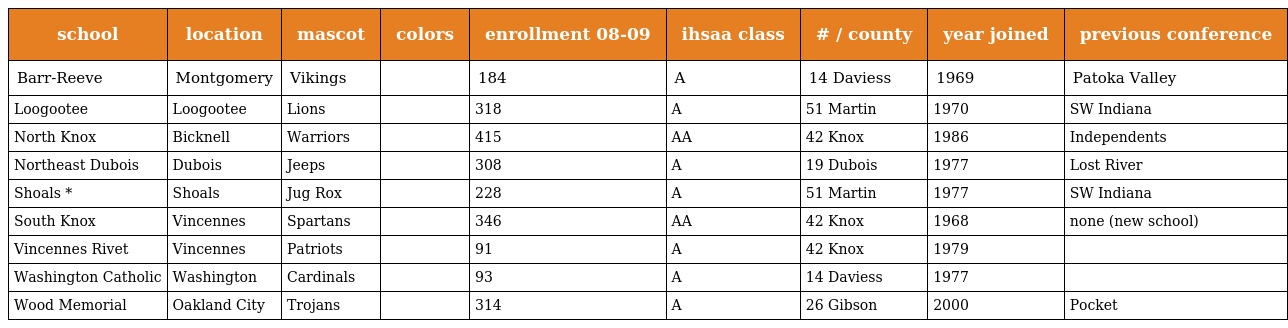
| school | location | mascot | colors | enrollment 08-09 | ihsaa class | # / county | year joined | previous conference |
 | --- | --- | --- | --- | --- | --- | --- | --- | --- |
 | Barr-Reeve | Montgomery | Vikings |  | 184 | A | 14 Daviess | 1969 | Patoka Valley |
 | Loogootee | Loogootee | Lions |  | 318 | A | 51 Martin | 1970 | SW Indiana |
 | North Knox | Bicknell | Warriors |  | 415 | AA | 42 Knox | 1986 | Independents |
 | Northeast Dubois | Dubois | Jeeps |  | 308 | A | 19 Dubois | 1977 | Lost River |
 | Shoals * | Shoals | Jug Rox |  | 228 | A | 51 Martin | 1977 | SW Indiana |
 | South Knox | Vincennes | Spartans |  | 346 | AA | 42 Knox | 1968 | none (new school) |
 | Vincennes Rivet | Vincennes | Patriots |  | 91 | A | 42 Knox | 1979 |  |
 | Washington Catholic | Washington | Cardinals |  | 93 | A | 14 Daviess | 1977 |  |
 | Wood Memorial | Oakland City | Trojans |  | 314 | A | 26 Gibson | 2000 | Pocket |